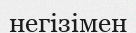
негізімен